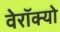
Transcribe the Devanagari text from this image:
वेरॉक्यो